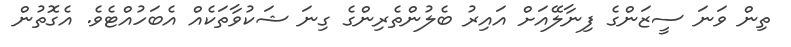
ތިން ވަނަ ސީޒަންގެ ފިނާލޭއަށް އައިރު ބެލުންތެރިންގެ ގިނަ ޝަކުވާތަކެއް އެބަހުއްޓެވެ. އެގޮތުން